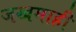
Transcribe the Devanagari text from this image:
जखमाही